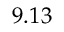
9 . 1 3